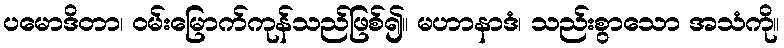
ပမောဒိတာ၊ ဝမ်းမြောက်ကုန်သည်ဖြစ်၍။ မဟာနာဒံ၊ သည်းစွာသော အသံကို။